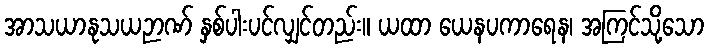
အာသယာနုသယဉာဏ် နှစ်ပါးပင်လျှင်တည်း။ ယထာ ယေနပကာရေန၊ အကြင်သို့သော